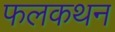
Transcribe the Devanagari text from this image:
फलकथन